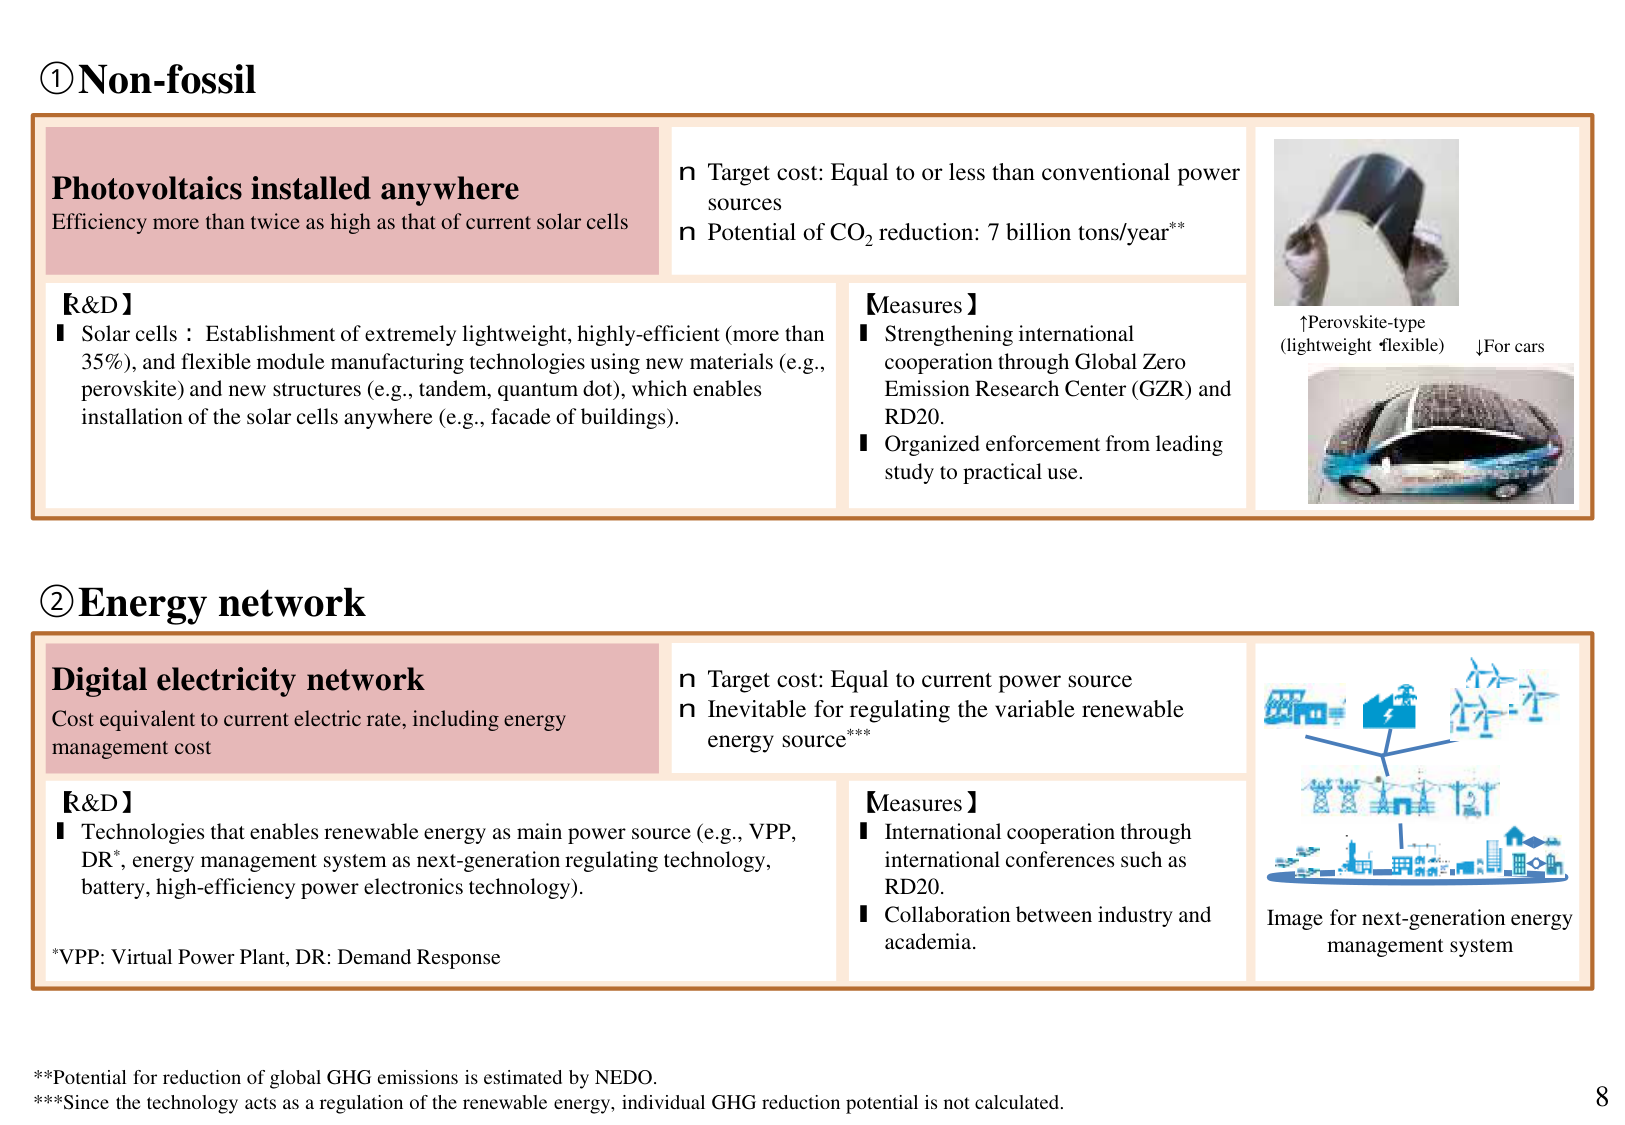
①Non-fossil

Photovoltaics installed anywhere
Efficiency more than twice as high as that of current solar cells

n Target cost: Equal to or less than conventional power sources
n Potential of CO₂ reduction: 7 billion tons/year**

【R&D】
■ Solar cells : Establishment of extremely lightweight, highly-efficient (more than 35%), and flexible module manufacturing technologies using new materials (e.g., perovskite) and new structures (e.g., tandem, quantum dot), which enables installation of the solar cells anywhere (e.g., facade of buildings).

【Measures】
■ Strengthening international cooperation through Global Zero Emission Research Center (GZR) and RD20.
■ Organized enforcement from leading study to practical use.

↑Perovskite-type
(lightweight ✦flexible) ↓For cars

②Energy network

Digital electricity network
Cost equivalent to current electric rate, including energy management cost

n Target cost: Equal to current power source
n Inevitable for regulating the variable renewable energy source***

【R&D】
■ Technologies that enables renewable energy as main power source (e.g., VPP, DR*, energy management system as next-generation regulating technology, battery, high-efficiency power electronics technology).

*VPP: Virtual Power Plant, DR: Demand Response

【Measures】
■ International cooperation through international conferences such as RD20.
■ Collaboration between industry and academia.

Image for next-generation energy management system

**Potential for reduction of global GHG emissions is estimated by NEDO.
***Since the technology acts as a regulation of the renewable energy, individual GHG reduction potential is not calculated.

8